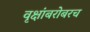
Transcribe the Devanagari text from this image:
वृक्षांबरोबरच